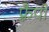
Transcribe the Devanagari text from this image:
फ़्रैपी